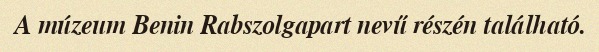
A múzeum Benin Rabszolgapart nevű részén található.